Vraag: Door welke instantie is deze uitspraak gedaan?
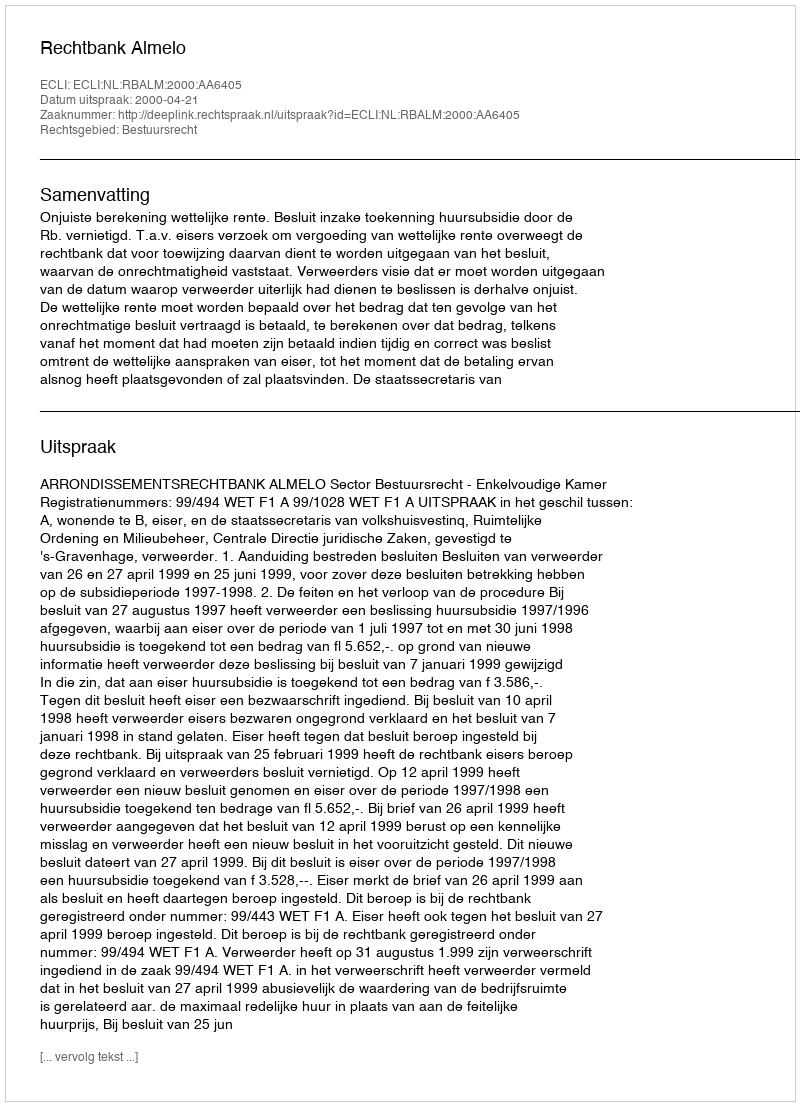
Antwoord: Rechtbank Almelo